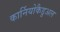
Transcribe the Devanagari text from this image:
कार्नियोकैडुअल